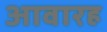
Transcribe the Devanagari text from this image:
आवारह